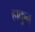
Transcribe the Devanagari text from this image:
हाकुन